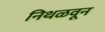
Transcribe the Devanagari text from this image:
निथळवून